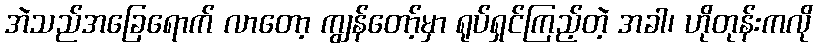
အဲသည်အခြေရောက် လာတော့ ကျွန်တော့်မှာ ရုပ်ရှင်ကြည့်တဲ့ အခါ၊ ဟိုတုန်းကလို